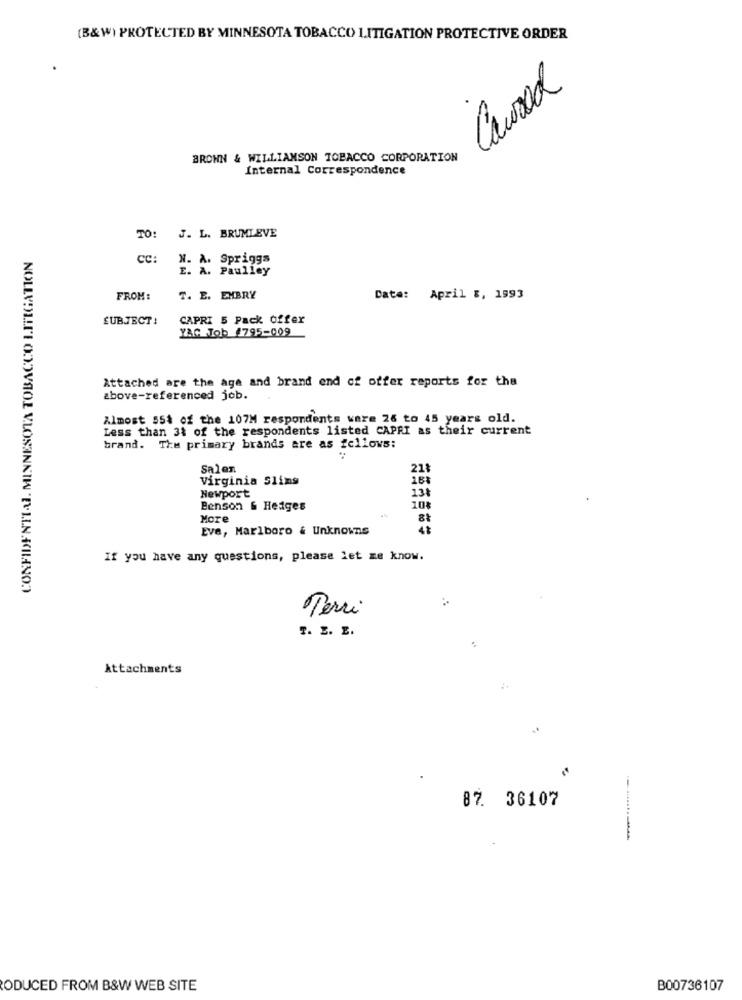
(B&W) PROTECTED BY MINNESOTA TOBACCO LITIGATION PROTECTIVE ORDER
Caused
BROWN & WILLIAMSON TOBACCO CORPORATION
Internal Correspondence
J. L. BRUMLEVE
TO:
CONFIDENTIAL. MINNESOTA TOBACCO LITIGATION
CC:
W. A. Spriggs
E. A. Paulley
FROM :
7. E. EMBRY
Date: April &, 1993
SUBJECT:
CAPRI 5 Pack offer
YAĞ Tob 4795-009
Attached are the age and brand end of offer reports for the
above-referenced job.
Almost 55% of the 107M respondents ware 26 to 45 years old.
Less than 31 of the respondents listed CAPRI as their current
brand. The primary brands are as follows:
Salen
21
Virginia Sling
18
Newport
138
Benson & Hedges
10%
More
Eve, Marlboro & Unknowns
If you have any questions, please let me know.
Terri
T. E. E.
Attachments
87. 36107
ODUCED FROM B&W WEB SITE
B00736107